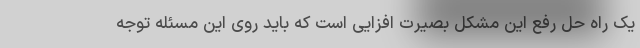
یک راه حل رفع این مشکل بصیرت افزایی است که باید روی این مسئله توجه